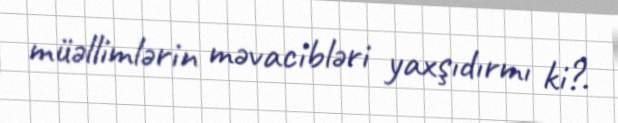
müəllimlərin məvacibləri yaxşıdırmı ki?.